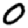
Digit: 0